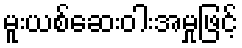
မူးယစ်ဆေးဝါးအမှုဖြင့်